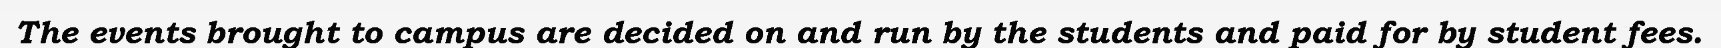
The events brought to campus are decided on and run by the students and paid for by student fees.